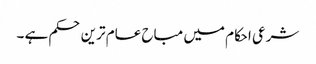
شرعی احکام میں مباح عام ترین حکم ہے ۔